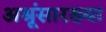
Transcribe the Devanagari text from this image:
अश्रूंसारख्या